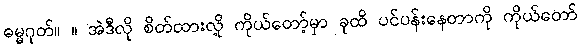
ဓမ္မဂုတ်။ ။ အဲဒီလို စိတ်ထားလို့ ကိုယ်တော့်မှာ ခုထိ ပင်ပန်းနေတာကို ကိုယ်တော်